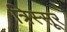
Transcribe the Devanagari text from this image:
त्रिस्सूर